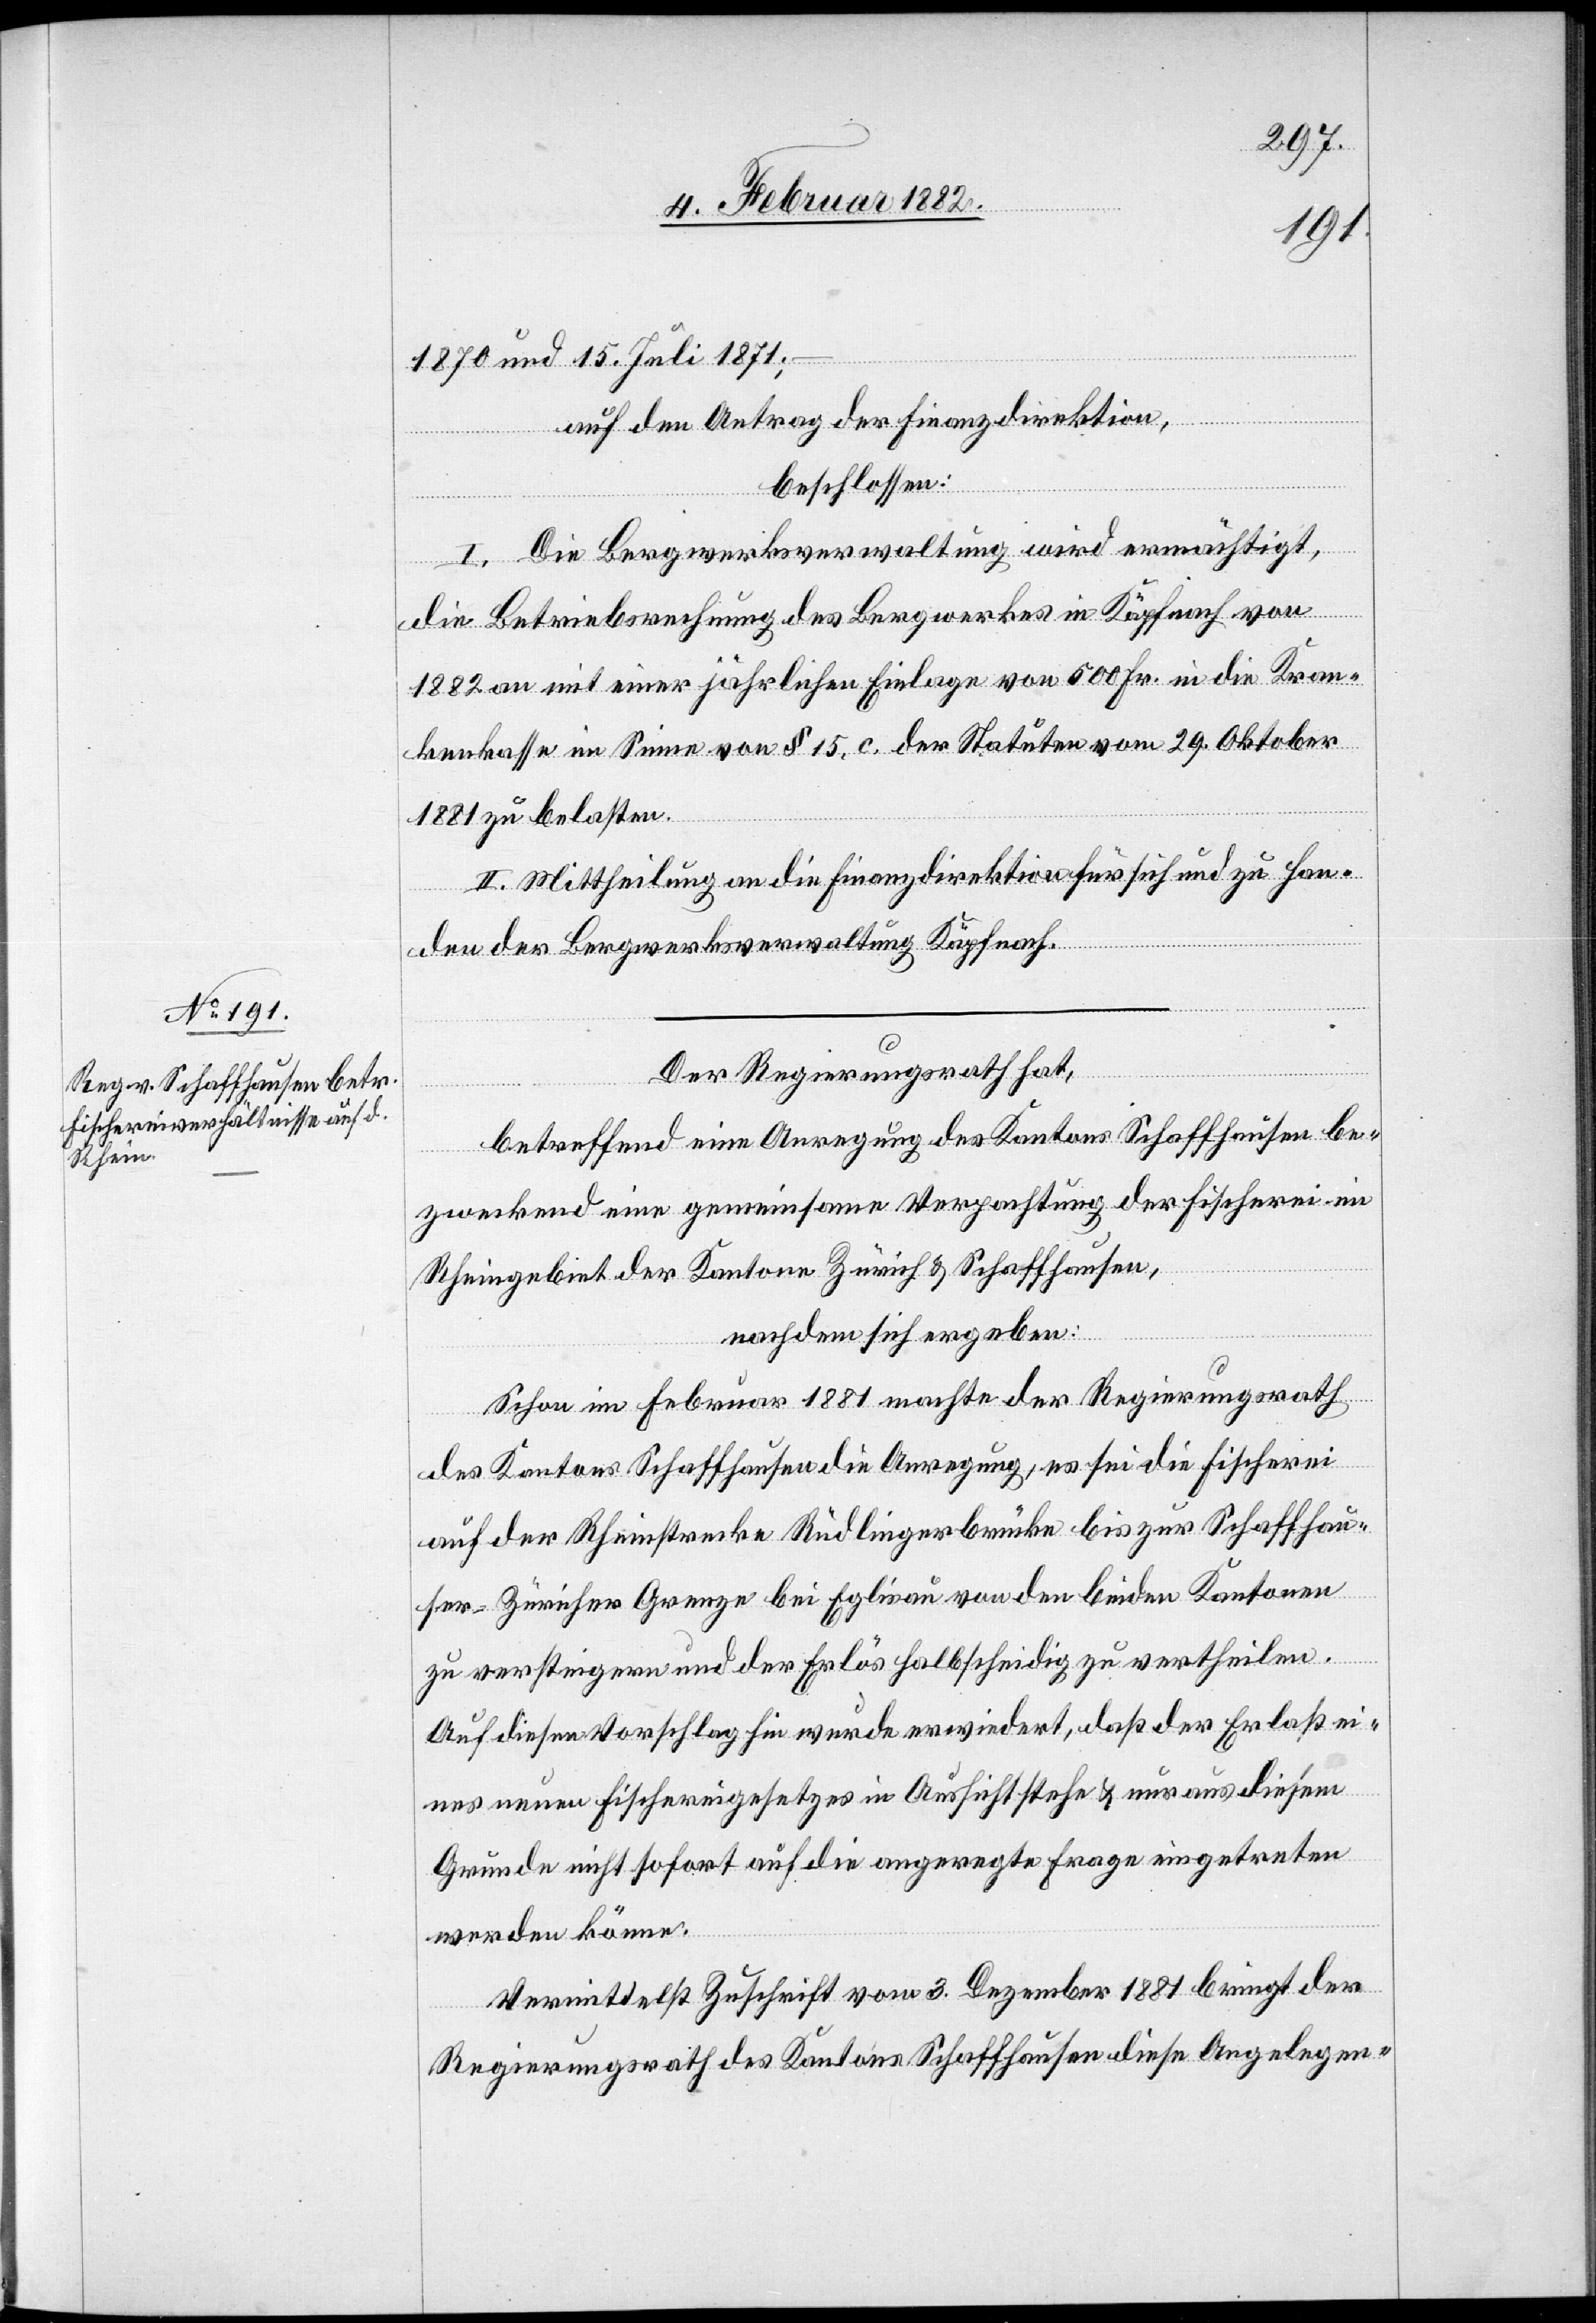
1870 und 15. Juli 1871;
auf den Antrag der Finanzdirektion,
beschlossen:
I. Die Bergwerksverwaltung wird ermächtigt,
die Betriebsrechnung des Bergwerkes in Käpfnach von
1882 an mit einer jährlichen Einlage von 500 Fr. in die Kran¬
kenkasse im Sinne von § 15. c. der Statuten vom 29. Oktober
1881 zu belasten.
II. Mittheilung an die Finanzdirektion für sich und zu Han¬
den der Bergwerksverwaltung Käpfnach.
Der Regierungsrath hat,
betreffend eine Anregung des Kantons Schaffhausen be¬
zweckend eine gemeinsame Verpachtung der Fischerei im
Rheingebiet der Kantone Zürich & Schaffhausen,
nachdem sich ergeben:
Schon im Februar 1881 machte der Regierungsrath
des Kantons Schaffhausen die Anregung, es sei die Fischerei
auf der Rheinstrecke Rüdlingerbrücke bis zur Schaffhau¬
ser–Züricher Grenze bei Eglisau von den beiden Kantonen
zu versteigern und der Erlös halbscheidig zu vertheilen.
Auf diesen Vorschlag hin wurde erwiedert, daß der Erlaß ei¬
nes neuen Fischereigesetzes in Aussicht stehe & nur aus diesem
Grunde nicht sofort auf die angeregte Frage eingetreten
werden könne.
Vermittelst Zuschrift vom 3. Dezember 1881 bringt der
Regierungsrath des Kantons Schaffhausen diese Angelegen-